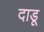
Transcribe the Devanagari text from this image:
दाडू